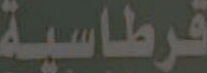
قرطاسية